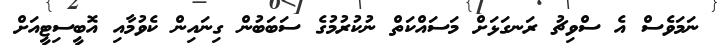
ނަމަވެސް އެ ސްވިޗު ރަނގަޅަށް މަސައްކަތް ނުކުރުމުގެ ސަބަބުން ގިނައިން ކެވުމާއި އޮބީސިޓީއަށް